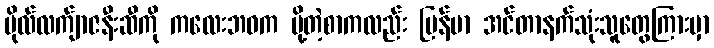
ဗိုလ်လက်ျာဇနီးဆီကို ကလေးဘဝက ပို့တဲ့စာကလည်း မြန်မာ အင်တာနက်သုံးသူတွေကြားမှာ